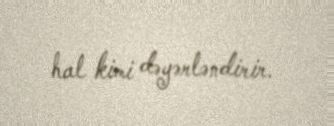
hal kimi dəyərləndirir.